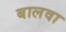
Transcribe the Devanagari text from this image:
बालवा